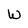
Character: W